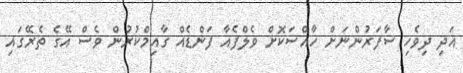
އަދި ދިވެހި ސާފަރުންނަށް ހާއްސަކޮށް ވެލްފެއާ ފަންޑެއް ގާއިމްކުރުން ވެސް އޭގެ ތެރޭގައި